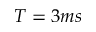
T = 3 m s